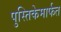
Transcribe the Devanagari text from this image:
पुस्तिकेमार्फत